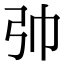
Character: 𢎭